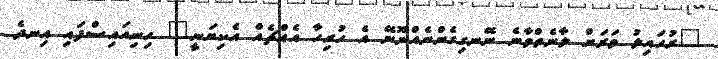
"ރުހައިލު ވަރަށް ލާނެތްވާނެ ނޭނގިގެންނެއްނޫނޭ އެ ހުރިހާ އެއްޗެއް އެކިޔަނީ" ހިނިއައިސްފައި އިނދެ